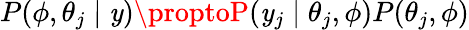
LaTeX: P(\phi,\theta_{j}\mid\mathit{y})\proptoP(\mathit{y}_{j}\mid\theta_{j},\phi)P(\theta_{j},\phi)